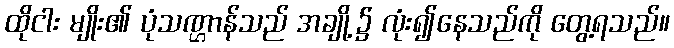
ထိုငါး မျိုး၏ ပုံသဏ္ဌာန်သည် အချို့၌ လုံး၍နေသည်ကို တွေ့ရသည်။